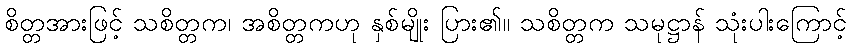
စိတ္တအားဖြင့် သစိတ္တက၊ အစိတ္တကဟု နှစ်မျိုး ပြား၏။ သစိတ္တက သမုဋ္ဌာန် သုံးပါးကြောင့်